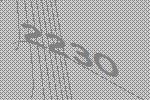
2230